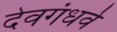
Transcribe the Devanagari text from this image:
देवगंधर्व